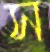
স